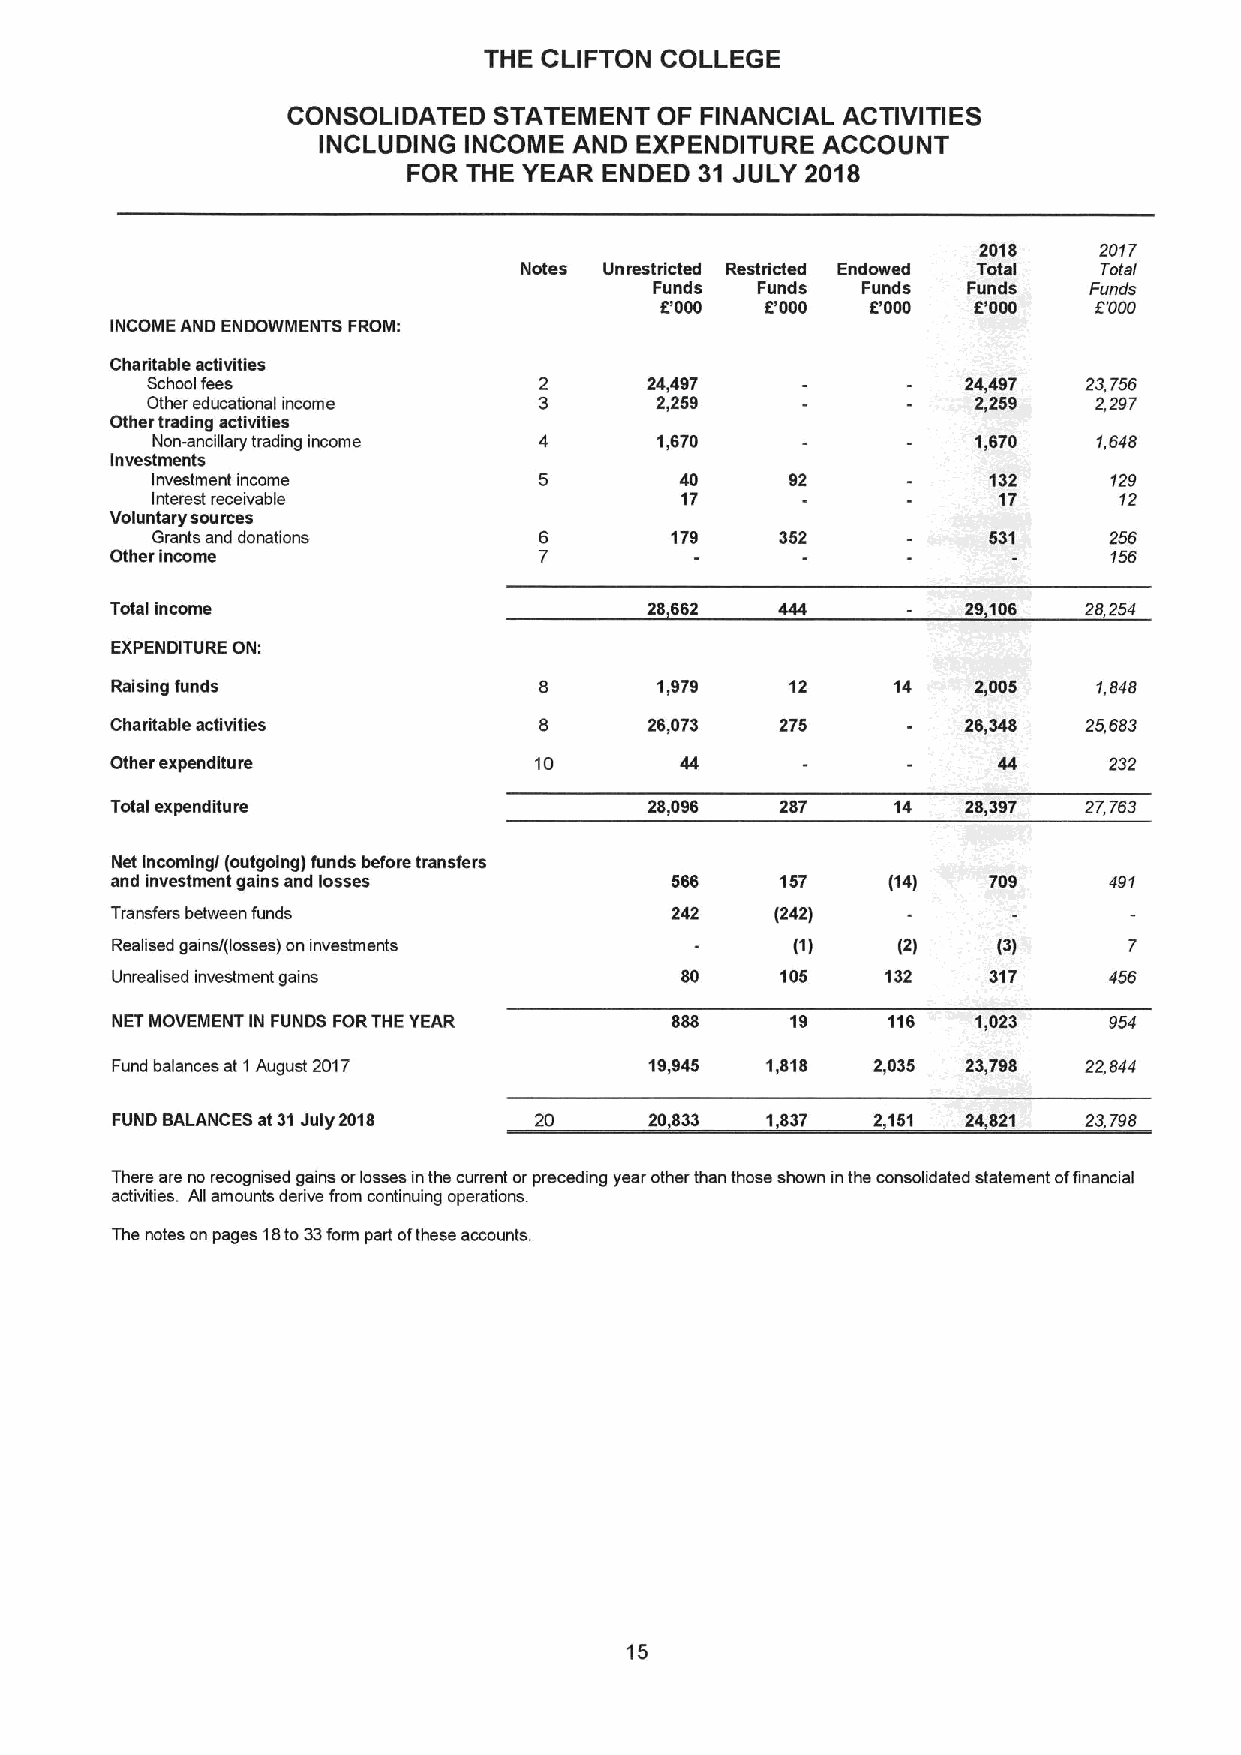
THE CLIFTON COLLEGE
 CONSOLIDATED  STATEMENT OF FINANCIAL ACTIVITIES
 INCLUDING INCOME AND EXPENDITURE ACCOUNT
 FOR THE YEAR ENDED 31 JULY 2018
 2018    2017
 Notes Unrestricted Restricted Endowed Total Total
 Funds  Funds  Funds  Funds   Funds
 5'000  5'000  5'000 5'000   6'000
 INCOME AND ENDOWMENTS FROM:
 Charitable activities
 School fees                      24,497               24,497  23,756
 Other educational income         2,259                 2,259  2297
 Other trading activities
 Non-ancillary trading income     1,670                 1,670   1,646
 Investments
 Investment income                  40     92           132     120
 Interest receivable                17                   17      12
 Voluntary sources
 Grants and donations              179     352          531     256
 Other income                                                      156
 Total income                        28662                29106   28254
 EXPENDITURE ON:
 Raising funds                       1,979    12     14    2,005   1,846
 Charitable activities               26,073   275         26,348  25,663
 Other expenditure           10                                    232
 Total expenditure                   28,096   287    14   28,397  27,763
 Net incomingl (outgoing) funds before transfers
 and investment gains and losses      566     157    (14)  709     491
 Transfers between funds              242    (242)
 Realised gains/(losses) on investments       (1)    (2)    (3)      7
 Unrealised mvestment gains            80     105    132   317     456
 NET MOVEMENT IN FUNDS FORTHE YEAR    888     19     116   1,023
 Fund balances at 1August 2017       19,945  1,818  2,035 23,798  22844
 FUND BALANCES at 31July 2018 20     20,833  1,837  2,151 24,821  23,798
 There are no recognised gains orlosses inthe current orpreceding year other than those shown inthe consolidated statement offinancial
 activities. All amounts derive from continuing operations.
 The notes on pages 18to33form part ofthese accounts.
 15